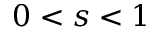
0 < s < 1